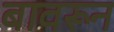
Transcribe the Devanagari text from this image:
बावरून